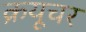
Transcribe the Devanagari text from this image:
क्रयूचर